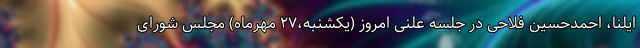
ایلنا، احمدحسین فلاحی در جلسه علنی امروز (یکشنبه،۲۷ مهرماه) مجلس شورای